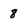
Character: 8